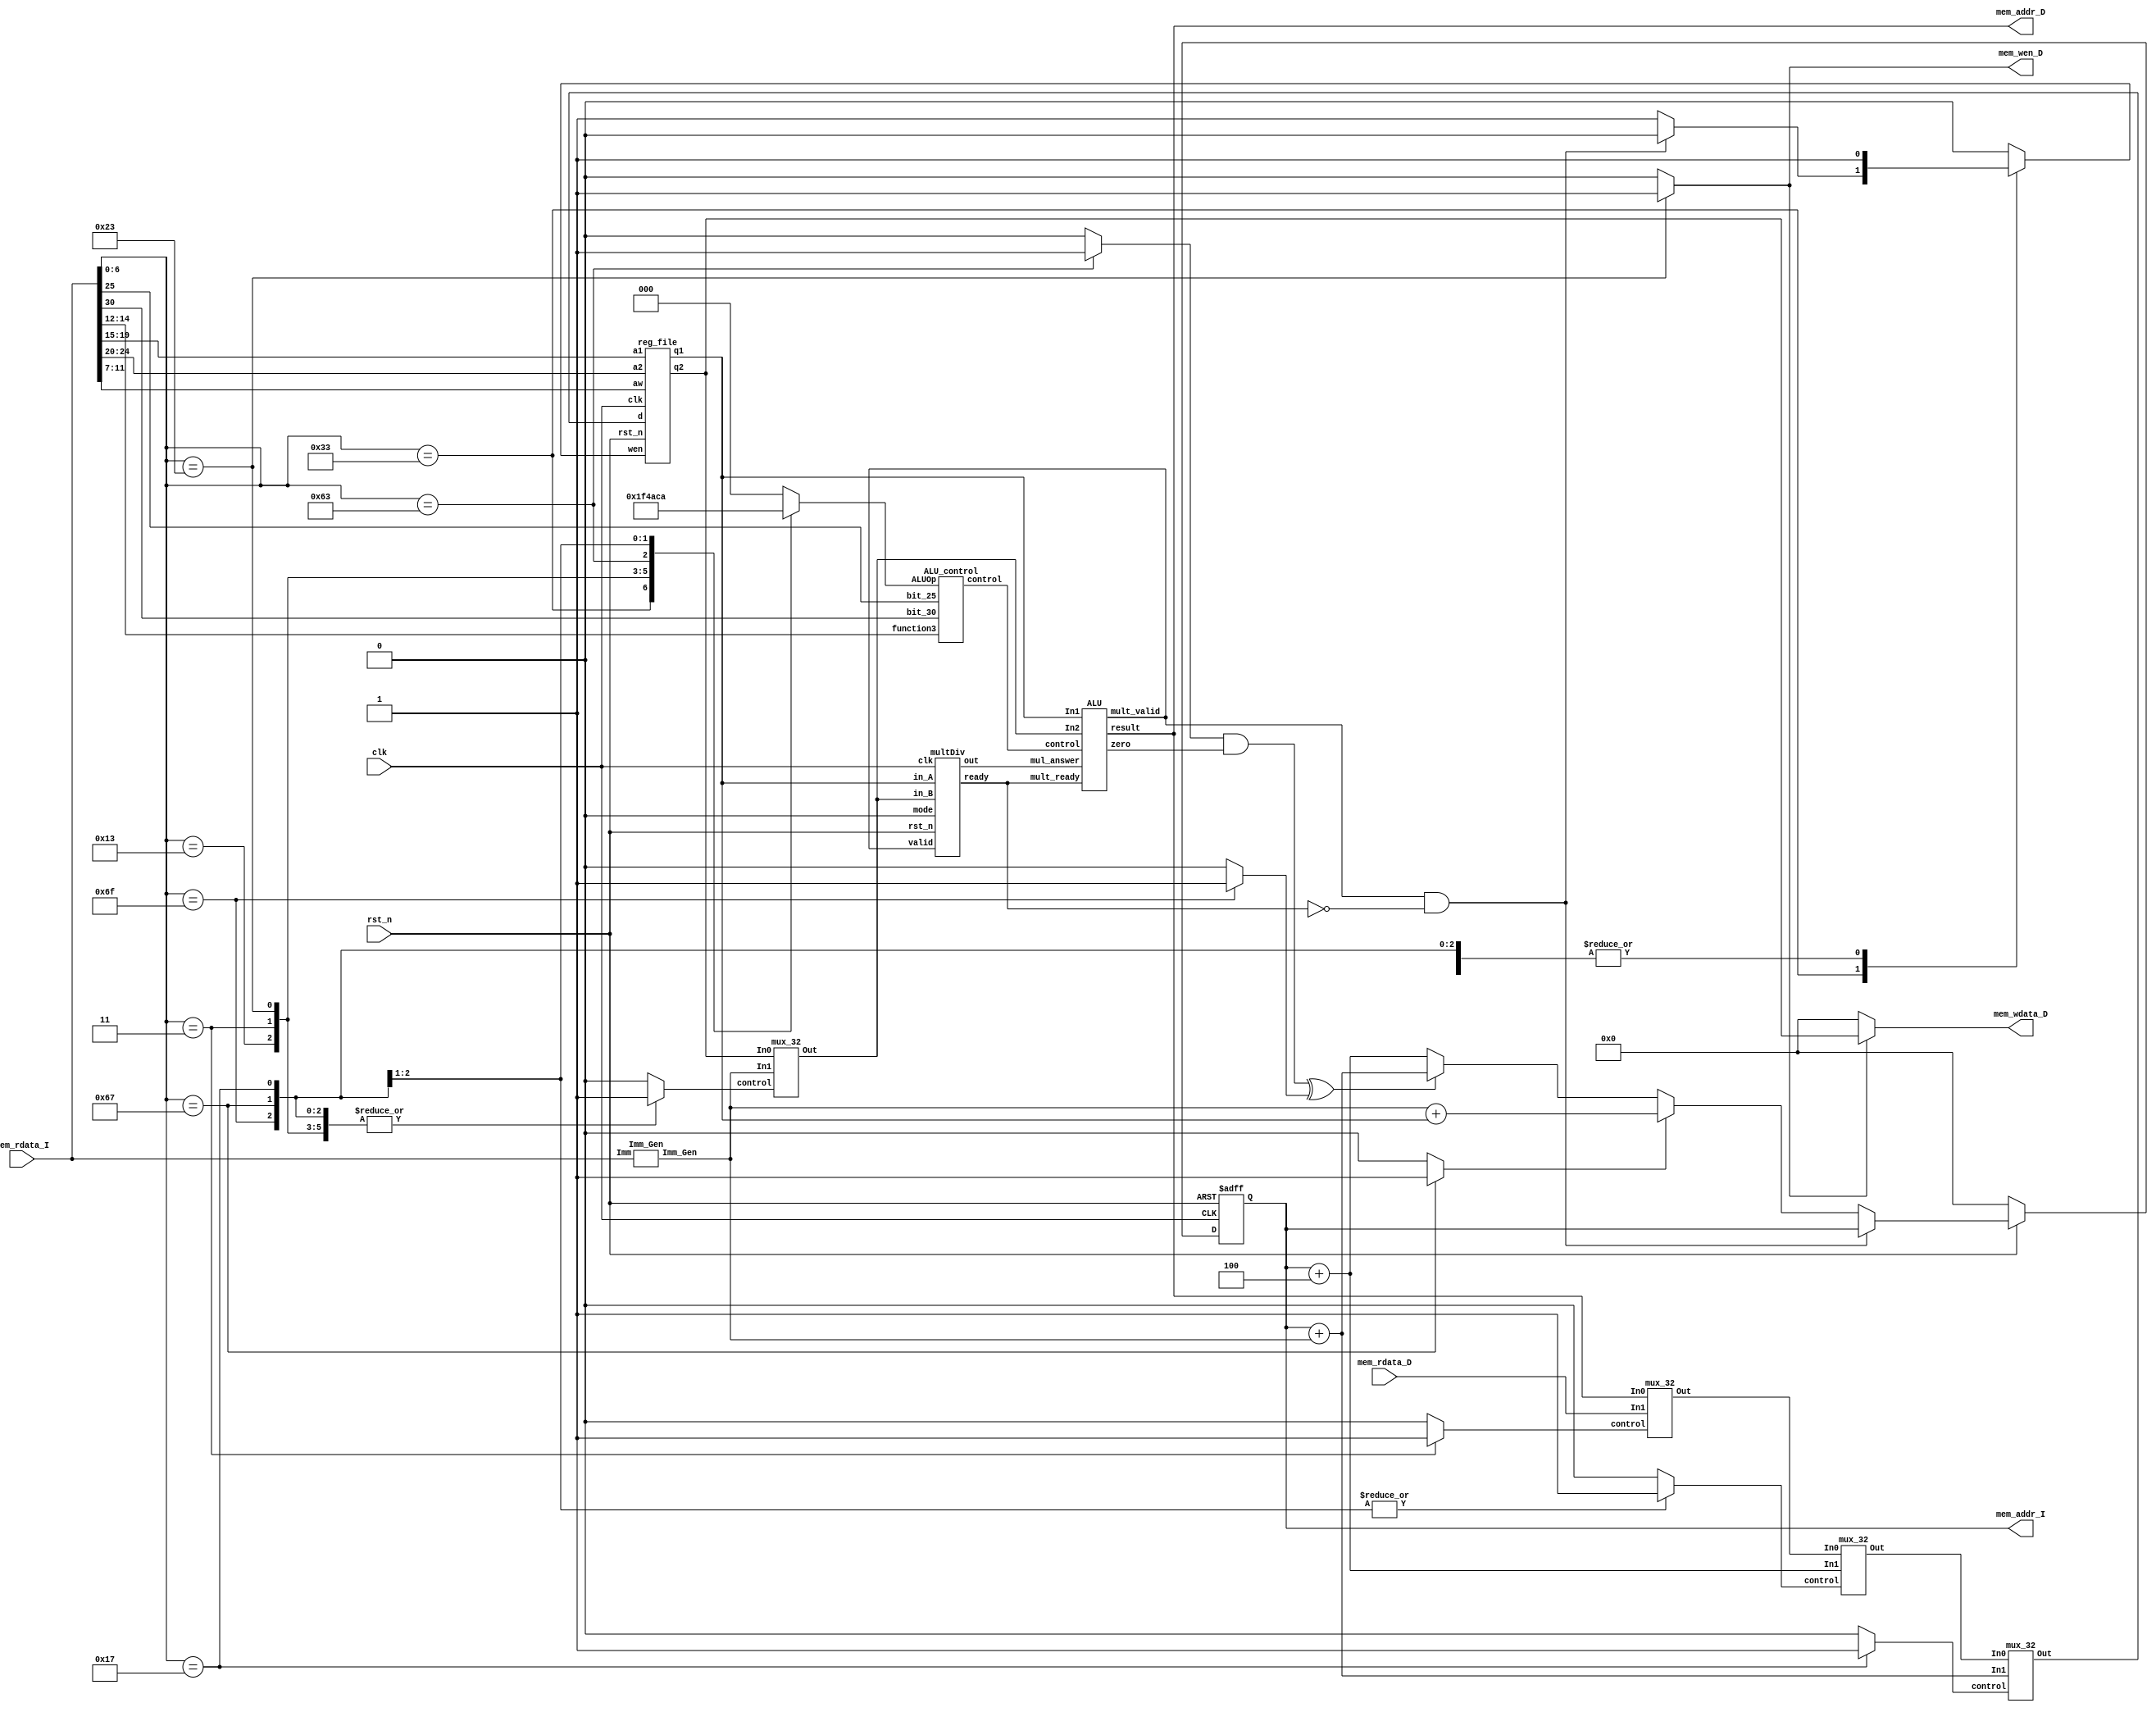
// https://u.cyberlink.com/live/937601414790645567
// Your code

module CHIP(clk, 
            rst_n,
            // For mem_D
            mem_wen_D,
            mem_addr_D,
            mem_wdata_D,
            mem_rdata_D,
            // For mem_I
            mem_addr_I,
            mem_rdata_I);

    input         clk, rst_n ;
    // For mem_D
    output reg        mem_wen_D  ;
    output reg [31:0] mem_addr_D ;
    output reg [31:0] mem_wdata_D;
    input  [31:0] mem_rdata_D;
    // For mem_I
    output reg [31:0] mem_addr_I ;
    input  [31:0] mem_rdata_I;
    
    //---------------------------------------//
    // Do not modify this part!!!            //
    // Exception: You may change wire to reg //
    reg    [31:0] PC          ;              //
    reg   [31:0] PC_nxt      ;              //
    reg          regWrite    ;              //
    reg   [ 4:0] rs1, rs2, rd;              //
    wire   [31:0] rs1_data    ;              //
    wire   [31:0] rs2_data    ;              //
    wire   [31:0] rd_data     ;              //
    //---------------------------------------//

    // Todo: other wire/reg
    reg [31:0] instruction ;
    reg [31:0] load_data ;
    reg [31:0] save_data ;
    reg [6:0] opcode ;
    // reg [4:0] read_addr1; // rs1 
    // reg [4:0] read_addr2; // rs2 
    // reg [4:0] write_addr; // rd 
    reg [31:0] Imm;
    // wire [31:0] busX; // rs1_data
    // wire [31:0] busY; // rs2_data
    wire [31:0] Imm_Gen;
    wire [31:0] ALU_result ;
    wire [31:0] ALU_In2 ;
    // wire [31:0] busW ; // rd_data
    wire [3:0] control ;
    wire [31:0] mux_out_1;
    wire [31:0] mux_out_2;
    // control signal
    wire zero;
    reg jalr, jal, branch, memread, memtoreg, memwrite, ALUSrc;
    reg auipc_or_not ;
    reg [4:2] ALUOp ;
    // PC signal
    reg [31:0] PC_4;
    // reg [4:0] PC;
    reg [31:0] PC_offset;
    reg [31:0] PC_jal;
    reg [31:0] PC_jalr;
    // reg [4:0] PC_nxt;
    reg jal_or_jalr;
    wire [63:0] mul_answer;
    wire mult_valid ;
    wire mult_ready ;
    wire mult_mode  ;

    //---------------------------------------//
    // Do not modify this part!!!            //
    reg_file reg0(                           //
        .clk(clk),                           //
        .rst_n(rst_n),                       //
        .wen(regWrite),                      //
        .a1(rs1),                            //
        .a2(rs2),                            //
        .aw(rd),                             //
        .d(rd_data),                         //
        .q1(rs1_data),                       //
        .q2(rs2_data));                      //
    //---------------------------------------//
    
    // Todo: any combinational/sequential circuit
    // register register(.clk(clk),.reset(rst_n),.RegWrite(RegWrite),.RW(write_addr),.busW(busW),.RX(read_addr1),.RY(read_addr2),.busX(busX),.busY(busY));
    ALU ALU(.result(ALU_result), .zero(zero), .In1(rs1_data), .In2(ALU_In2), .control(control), .mult_valid(mult_valid), .mult_ready(mult_ready), .mul_answer(mul_answer));
    ALU_control ALU_control(.ALUOp(ALUOp), .bit_30(Imm[30]), .bit_25(Imm[25]), .function3(Imm[14:12]), .control(control));
    // mux_32 mux_before_ALU_1(.Out(ALU_In1), .In0(rs1_data), .In1(PC), .control(auipc));
    mux_32 mux_before_ALU_2(.Out(ALU_In2), .In0(rs2_data), .In1(Imm_Gen), .control(ALUSrc));
    mux_32 mux_after_data_memory(.Out(mux_out_1), .In0(ALU_result), .In1(load_data), .control(memtoreg));
    mux_32 mux_after_mux_for_jal(.Out(mux_out_2), .In0(mux_out_1), .In1(PC_4), .control(jal_or_jalr));
    mux_32 mux_after_mux_for_auipc(.Out(rd_data), .In0(mux_out_2), .In1(PC_offset), .control(auipc_or_not));
    Imm_Gen Imm_Gen_block(.Imm_Gen(Imm_Gen), .Imm(Imm));
    multDiv mymul(.clk(clk), .rst_n(rst_n), .valid(mult_valid), .ready(mult_ready), .mode(mult_mode), .in_A(rs1_data), .in_B(ALU_In2), .out(mul_answer));

    // sequential circuit
    // conbinational circuit
    // set bits into register
    assign mult_mode = 1'b0 ;

    always@(*)
    begin
        // input from memory
        //instruction[31:0] = {mem_rdata_I[7:0], mem_rdata_I[15:8], mem_rdata_I[23:16], mem_rdata_I[31:24]} ;
        //load_data[31:0] = {mem_rdata_D[7:0], mem_rdata_D[15:8], mem_rdata_D[23:16], mem_rdata_D[31:24]} ;
        instruction = mem_rdata_I;
        load_data = mem_rdata_D ;

        opcode = instruction[6:0];
        rs1 = instruction[19:15];
        rs2 = instruction[24:20];
        rd = instruction[11:7];
        Imm = instruction[31:0];

        // set control signal
        // total nine signals
        jalr = 0 ;
        jal = 0 ;
        branch = 0 ;
        memread = 0 ;
        memtoreg = 0 ;
        ALUOp = 3'b000 ;
        memwrite = 0 ;
        regWrite = 0 ;
        ALUSrc = 0 ;
        jal_or_jalr = 0 ;
        auipc_or_not = 0 ;
        case(opcode)
        7'b0110011: //and, sub, add, or, slt, mul
        begin
            jal_or_jalr = 0 ;
            jalr = 0 ;
            jal = 0 ;
            branch = 0 ;
            memread = 0 ;
            memtoreg = 0 ;
            memwrite = 0 ;
            if (mult_valid == 1 && mult_ready == 0) 
            begin
                regWrite = 0;
            end
            else 
            begin
                regWrite = 1;
            end
            ALUOp = 3'b111; 
            ALUSrc = 0 ;
        end
        7'b0010011: // addi, slti
        begin
            jal_or_jalr = 0 ;
            jalr = 0 ;
            jal = 0 ;
            branch = 0 ;
            memread = 0 ;
            memtoreg = 0 ;
            memwrite = 0 ;
            regWrite = 1 ;
            ALUOp = 3'b110; 
            ALUSrc = 1 ;
        end
        7'b0000011: //lw
        begin
            jal_or_jalr = 0 ;
            jalr = 0 ;
            jal = 0;
            branch = 0 ;
            memread = 1 ;
            memtoreg = 1 ;
            ALUOp = 3'b100;
            memwrite = 0 ;
            ALUSrc = 1 ;
            regWrite = 1 ;
        end
        7'b0100011: //sw
        begin
            jal_or_jalr = 0 ;
            jalr = 0 ;
            jal = 0 ;
            branch = 0 ;
            memread = 0 ;
            memtoreg = 0 ;
            ALUOp = 3'b101 ;
            memwrite = 1 ;
            ALUSrc = 1 ;
            regWrite = 0 ;
        end
        7'b1100011: //beq
        begin
            jal_or_jalr = 0 ;
            jalr = 0 ;
            jal = 0 ;
            branch = 1 ;
            memread = 0 ;
            memtoreg = 0 ;
            ALUOp = 3'b011;
            memwrite = 0 ;
            ALUSrc = 0 ;
            regWrite = 0 ;
        end
        7'b1101111: //jal
        begin
            jal_or_jalr = 1 ;
            jalr = 0 ;
            jal = 1 ;
            branch = 0 ;
            memread = 0 ;
            memtoreg = 0 ;
            ALUOp = 3'b001;
            memwrite = 0 ;
            ALUSrc = 1 ;
            regWrite = 1 ;
        end
        7'b1100111: //jalr  
        begin
            jal_or_jalr = 1 ;
            jalr = 1;
            jal = 0 ;
            branch = 0 ;
            memread = 0 ;
            memtoreg = 0 ;
            ALUOp = 3'b010 ;
            memwrite = 0 ;
            ALUSrc = 1 ;
            regWrite = 1 ;
        end
        7'b0010111: //auipc  
        begin
            jal_or_jalr = 0 ;
            jalr = 0;
            jal = 0 ;
            branch = 0 ;
            memread = 0 ;
            memtoreg = 0 ;
            ALUOp = 3'b000 ;
            memwrite = 0 ;
            ALUSrc = 1 ;
            regWrite = 1 ;
            auipc_or_not = 1 ;
        end
        default   
        begin
            jal_or_jalr = 0 ;
            jalr = 0 ;
            jal = 0 ;
            branch = 0 ;
            memread = 0 ;
            memtoreg = 0 ;
            ALUOp = 3'b000 ;
            memwrite = 0 ;
            regWrite = 0 ;
            ALUSrc = 0 ;
        end
        endcase

        // set PC signal 
        PC_4 <= PC + 4  ;
        PC_offset = PC + Imm_Gen ;
        PC_jal = ((branch & zero) ^ jal) ? PC_offset : PC_4 ;
        PC_jalr = Imm_Gen + rs1_data ;

        if (rst_n==0)
        	PC_nxt = 0 ;
        else if (mult_valid == 1 && mult_ready == 0) 
        begin
            PC_nxt = PC ;
        end
        else
        	PC_nxt = jalr ? PC_jalr : PC_jal ;

        // 
        save_data = memwrite ? rs2_data : 0 ;
        //mem_wdata_D[31:0] = {save_data[7:0], save_data[15:8], save_data[23:16], save_data[31:24]} ;
        mem_wdata_D = save_data ;

        // mem_wen_D == 0 read , mem_wen_D == 1 write
        mem_wen_D = memwrite ;
        mem_addr_D = ALU_result ;
        /*
        if (rst_n==0)
        	mem_addr_I = 0 ;
        else
        	mem_addr_I = {25'b0,PC,2'b0} ;
        */
        mem_addr_I = PC ;

    end

    always @(posedge clk or negedge rst_n) begin
        if (!rst_n) begin
            PC <= 32'h00010000; // Do not modify this value!!!
        end
        else begin
            PC <= PC_nxt;
        end
    end
endmodule

module reg_file(clk, rst_n, wen, a1, a2, aw, d, q1, q2);
   
    parameter BITS = 32;
    parameter word_depth = 32;
    parameter addr_width = 5; // 2^addr_width >= word_depth
    
    input clk, rst_n, wen; // wen: 0:read | 1:write
    input [BITS-1:0] d;
    input [addr_width-1:0] a1, a2, aw;

    output [BITS-1:0] q1, q2;

    reg [BITS-1:0] mem [0:word_depth-1];
    reg [BITS-1:0] mem_nxt [0:word_depth-1];

    integer i;

    assign q1 = mem[a1];
    assign q2 = mem[a2];

    always @(*) begin
        for (i=0; i<word_depth; i=i+1)
            mem_nxt[i] = (wen && (aw == i)) ? d : mem[i];
    end

    always @(posedge clk or negedge rst_n) begin
        if (!rst_n) begin
            mem[0] <= 0;
            for (i=1; i<word_depth; i=i+1) begin
                case(i)
                    32'd2: mem[i] <= 32'hbffffff0;
                    32'd3: mem[i] <= 32'h10008000;
                    default: mem[i] <= 32'h0;
                endcase
            end
        end
        else begin
            mem[0] <= 0;
            for (i=1; i<word_depth; i=i+1)
                mem[i] <= mem_nxt[i];
        end       
    end
endmodule

module multDiv(clk, rst_n, valid, ready, mode, in_A, in_B, out);
    // Todo: your HW3
    input         clk, rst_n;
    input         valid, mode; // mode: 0: multu, 1: divu
    input  [31:0] in_A, in_B;
    output reg [63:0] out;
    output reg        ready; 

    // Definition of states
    parameter IDLE = 2'b00;
    parameter MULT = 2'b01;
    parameter DIV  = 2'b10;
    parameter OUT  = 2'b11;

    // Todo: Wire and reg
    reg  [ 1:0] state, state_nxt;
    reg  [ 4:0] counter, counter_nxt;
    reg  [63:0] shreg, shreg_nxt;
    reg  [31:0] alu_in, alu_in_nxt;
    reg  [32:0] alu_out;

    // Todo 5: wire assignments
    reg [31:0] In1, In2;
    reg add;
    reg write_in;
    
    // Combinational always block
    // Todo 1: State machine
    always @(*) begin
        case(state)
            IDLE: 
            begin
                if (valid == 0) 
                    state_nxt = IDLE ;
                else if (valid == 1 && mode == 0)
                    state_nxt = MULT ;
                else if (valid == 1 && mode == 1) 
                    state_nxt = DIV ;
                else 
                    state_nxt = IDLE ;
            end
            MULT:
            begin
                if (counter != 31) 
                    state_nxt = MULT ;
                else begin
                    state_nxt = OUT ;
                end
            end
            DIV :
            begin
                if (counter != 31)
                    state_nxt = DIV ;
                else begin
                    state_nxt = OUT ;
                end
            end
            OUT : state_nxt = IDLE;
        endcase
    end

    // Todo 2: Counter
    // next_state
    always @(*)
    begin
        if (state == MULT || state == DIV)
        begin
            counter_nxt = counter + 1 ;
        end
        else 
        begin
            counter_nxt = 0 ;   
        end
    end
    // current_state
    always @(posedge clk)
    begin
        counter <= counter_nxt ;
    end


    // ALU input
    always @(*) 
    begin
        case(state)
            IDLE: 
            begin
                if (valid) 
                begin
                      alu_in_nxt = in_B;
                end
                else  alu_in_nxt = 0;
            end
            OUT : alu_in_nxt = 0;
            default: alu_in_nxt = alu_in;
        endcase
    end
    always @(posedge clk) 
    begin
        alu_in <= alu_in_nxt ;
    end
    // Todo 3: ALU output
    always@ (*)
    begin
        In1 = alu_in ;
        In2 = shreg[63:32];
    end

    always@ (*)
    begin
        case(state)
        MULT:
        begin
            if (add == 1)
                alu_out = In1 + In2 ;
            else 
                alu_out = {{1'b0},In2} ;
        end
        DIV:
        begin
            if (write_in == 1 )
                alu_out = In2 - In1 ;
            else begin
                alu_out = In2 ;
            end
        end
        default:
            alu_out = 0 ;
        endcase
    end
    // Todo 4: Shift register
    always @(*)
    begin
        if ( state == IDLE )
            shreg_nxt = {{32{1'b0}}, in_A};
        else 
        begin
            shreg_nxt = 0 ;
            if (state == MULT)
            begin
                shreg_nxt = {alu_out, shreg[31:1]};
            end
            else if (state == DIV)
            begin
                shreg_nxt = {alu_out[30:0], shreg[31:0], write_in};
            end
            else 
            begin
                shreg_nxt = 0 ;
            end
        end
    end
    //sequential
    always @(posedge clk)
    begin
        shreg <= shreg_nxt ;
    end

    // Todo: Sequential always block
    always @(posedge clk or negedge rst_n) begin
        if (!rst_n) begin
            state <= IDLE;
        end
        else begin
            state <= state_nxt;
        end
    end

    // output control 
    reg [31:0] buffer_1 ;
    reg [31:0] buffer_2 ;
    always @(clk)
    begin
        ready = 0 ;
        out = 0 ;
        buffer_1 = 0 ;
        buffer_2 = 0 ; 
        if (counter == 31)
        begin
            ready = 1 ;
            if (state == MULT)
                out = shreg_nxt ;
            else if (state == DIV)
            begin
                if (shreg_nxt[63:32] >= In1)
                begin
                    buffer_1 = shreg_nxt[63:32] - In1 ;
                    buffer_2 = {shreg_nxt[30:0], 1'b1} ;
                    out = {buffer_1, buffer_2};
                end
                else begin
                    buffer_1 = shreg_nxt[63:32] ;
                    buffer_2 = {shreg_nxt[30:0], 1'b0};
                    out = {buffer_1, buffer_2} ;
                end
            end
            else begin
                
            end
        end
        else 
        begin
            ready = 0 ;
            out = 0 ;
        end 
    end

    // control 
    always @(*)
    begin
        add = 0 ;
        write_in = 0 ;
        if (state == MULT)
        begin
            if (shreg[0] == 1)
                add = 1 ;
            else begin
                add = 0 ; 
            end
        end
        else if (state == DIV)
        begin
            if ( In2 >= In1 )
            begin
                write_in = 1 ;
            end
            else begin
                write_in = 0 ;
            end
        end
        else
        begin
            
        end
    end
endmodule

module ALU(result, zero, In1, In2, control, mult_valid, mult_ready, mul_answer);
output reg [31:0] result;
output reg zero; //equal or not for branch
input [31:0] In1, In2;
input [3:0] control ; // control 
output reg mult_valid;
input  mult_ready;
input [63:0] mul_answer ;
reg carry; 
always@(*)
begin
    // default
    result = 0 ;
    carry = 0 ;
    zero = 0 ;
    mult_valid = 0 ;
    case(control)
        4'b0001:
        begin
            result = In1 >> In2 ;
            zero = 0 ;
        end
        4'b0000: // add, addi 
        begin
            {carry,result} = $signed(In1) + $signed(In2) ; 
            zero = 0 ;
        end
        4'b1000: // sub 
        begin
            {carry,result} = $signed(In1) - $signed(In2) ;
            if (In1 == In2)
                zero = 1 ;
            else 
                zero = 0 ;
        end
        4'b0010: //slt, slti 
        begin
            if ( $signed(In1) < $signed(In2) )
                result = 1;
            else 
                result = 0;
            zero = 0 ;
        end
        4'b0100: // mul 
        begin
            mult_valid = 1'b1 ;
            if (mult_ready == 1)
                result = mul_answer[31:0] ;
            else
                result = 0 ;
            zero = 0 ;
        end
        default 
        begin
            zero = 0 ;
            result = 0 ;
            carry = 0 ;
        end
    endcase
end
endmodule

// ALU control 
module ALU_control(ALUOp, bit_30, bit_25, function3, control);
input bit_30;
input bit_25; 
input [2:0] ALUOp ; // 
input [2:0] function3;
//  kmap?
output [3:0] control ; //  ALU output
assign control[0] = ALUOp[2] & ALUOp[1] & (!ALUOp[0]) & function3[2];
assign control[1] = function3[1] & ALUOp[1];
assign control[2] = bit_25 & ALUOp[0] & ALUOp[1] & ALUOp[2] ;
assign control[3] = (!ALUOp[2]) | (bit_30 & ALUOp[2] & ALUOp[1] & ALUOp[0] );
endmodule

// Imm Gen
// only lw,sw,jal,jalrdefault
//  immediate extend  32 bits
module Imm_Gen(Imm_Gen, Imm);
input [31:0] Imm;
output reg [31:0] Imm_Gen ;
reg [6:0] opcode;

always@(*)
begin
    opcode = Imm[6:0];
    case(opcode)
    7'b0000011: //lw
    begin
        Imm_Gen[31:11] = {21{Imm[31]}} ;
        Imm_Gen[10:5] = Imm[30:25];
        Imm_Gen[4:1] = Imm[24:21];
        Imm_Gen[0] = Imm[20] ; 
    end
    7'b0100011: //sw
    begin
        Imm_Gen[31:11] = {21{Imm[31]}} ;
        Imm_Gen[10:5] = Imm[30:25];
        Imm_Gen[4:1] = Imm[11:8];
        Imm_Gen[0] = Imm[7] ;
    end
    7'b1101111: //jal
    begin
        Imm_Gen[31:20] = {12{Imm[31]}};
        Imm_Gen[19:12] = Imm[19:12];
        Imm_Gen[11] = Imm[20];
        Imm_Gen[10:5] = Imm[30:25];
        Imm_Gen[4:1] = Imm[24:21];
        Imm_Gen[0] = 1'b0;
    end
    7'b1100111: //jalr
    begin
        Imm_Gen[31:11] = {21{Imm[31]}} ;
        Imm_Gen[10:5] = Imm[30:25];
        Imm_Gen[4:1] = Imm[24:21];
        Imm_Gen[0] = Imm[20] ;
    end
    7'b1100011: //beq
    begin
        Imm_Gen[31:12] = {20{Imm[31]}} ;
        Imm_Gen[11] = Imm[7];
        Imm_Gen[10:5] = Imm[30:25];
        Imm_Gen[4:1] = Imm[11:8];
        Imm_Gen[0] = 0 ;
    end
    7'b0010011: //addi , slti
    begin
        Imm_Gen[31:11] = {21{Imm[31]}} ;
        Imm_Gen[10:5] = Imm[30:25];
        Imm_Gen[4:1] = Imm[24:21];
        Imm_Gen[0] = Imm[20] ;
    end
    default
    begin
        Imm_Gen = 0 ;
    end
    endcase
end
endmodule

// mux for 32 bits
// multiplxer
module mux_32(Out, In0, In1, control);
    input [31:0] In0, In1;
    input control ;
    output [31:0] Out ;
    assign Out = control ? In1 : In0 ; // control == 0 => In0, else => In1
endmodule

module mux_4_32(Out, In0, In1, control);
    input [31:0] In0;
    input [4:0] In1;
    input control ;
    output [31:0] Out ;
    wire [31:0] buffer ;
    assign  buffer = {25'b0, In1, 2'b0};
    assign Out = control ? buffer : In0 ;
endmodule